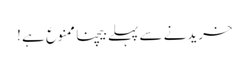
خریدنے سے پہلے بیچنا ممنوع ہے !